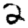
Digit: 2